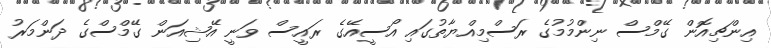
އިންޗިއޮން ގޭމްސް ނިންމުމުގެ ރަސްމިއްޔާތުގައި އޯސީއޭގެ ރައީސް ވަނީ އޭޝިއަން ގޭމްސްގެ ދަންމަރު